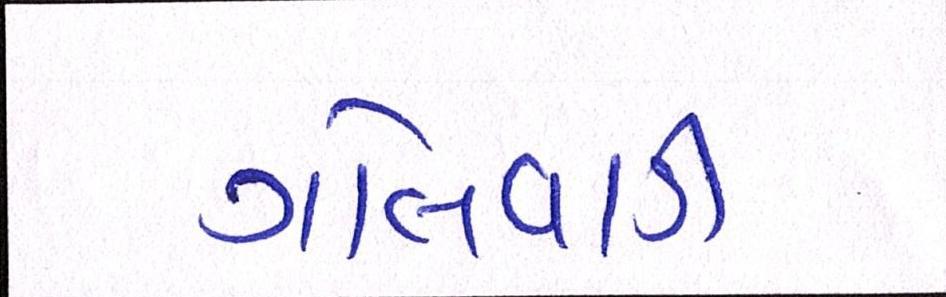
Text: ગોલવાડી